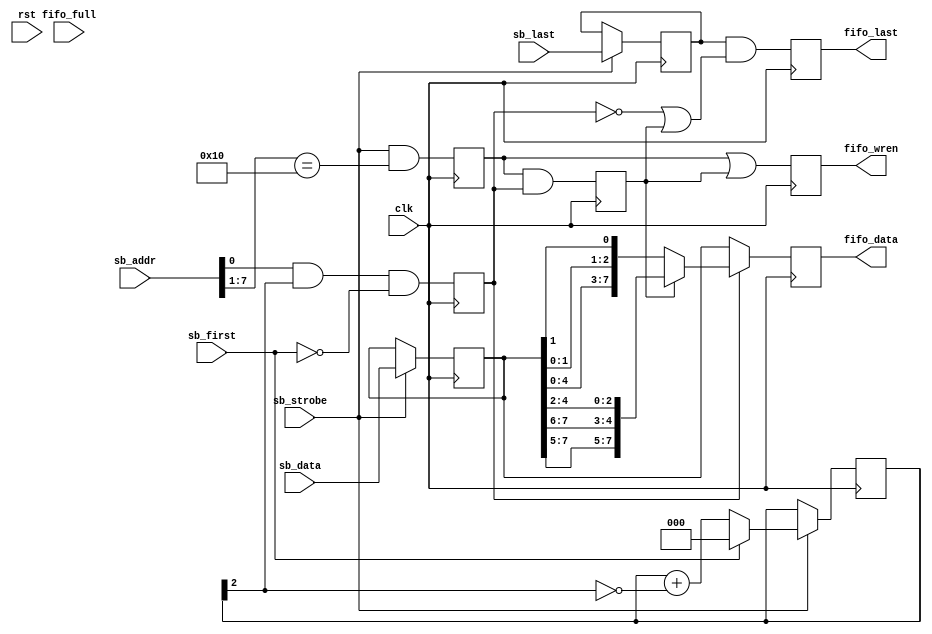
/*
 * pkt_spi_write.v
 *
 * CERN Open Hardware Licence v1.2 - See LICENSE
 *
 * Copyright (C) 2018  Sylvain Munaut
 *
 * vim: ts=4 sw=4
 */

`default_nettype none

module pkt_spi_write #(
	parameter BASE = 8'h20
)(
	// SPI 'simple bus'
	input  wire [7:0] sb_addr,
	input  wire [7:0] sb_data,
	input  wire sb_first,
	input  wire sb_last,
	input  wire sb_strobe,

	// Packet FIFO write
	output reg  [7:0] fifo_data,
	output reg  fifo_last,
	output reg  fifo_wren,
	input  wire fifo_full,

	// Clock / Reset
	input  wire clk,
	input  wire rst
);
	// Signals
	reg [7:0] data;
	reg first;
	reg last;

	reg [2:0] cnt;

	reg [7:0] data_mux;

	reg hit_ena;
	reg hit_type;
	reg hit_ext;

	// Decode 'hits'
	always @(posedge clk)
	begin
		hit_ena  <= sb_strobe & (sb_addr[7:1] == (BASE >> 1));
		hit_type <= sb_addr[0] & cnt[2] & ~sb_first;
		hit_ext  <= hit_ena & hit_type;
	end

	// Register data
	always @(posedge clk)
		if (sb_strobe) begin
			data  <= sb_data;
			first <= sb_first;
			last  <= sb_last;
		end

	// Position counter
	always @(posedge clk)
		if (sb_strobe) begin
			if (sb_first)
				cnt <= 0;
			else
				cnt <= cnt + { 3'b000, ~cnt[2] };
		end

	// Data Mux
	always @(*)
		if (~hit_type)
			// RAW
			data_mux = data;
		else if (~hit_ext)
			// Ext First byte
			data_mux = { data[4:2], data[1:0], data[1:0], data[1] };
		else
			// Ext Second byte
			data_mux = { data[7:5], data[7:6], data[4:2] };

	// FIFO interface
	always @(posedge clk)
	begin
		fifo_data <= data_mux;
		fifo_last <= last & (~hit_type | hit_ext);
		fifo_wren <= hit_ena | hit_ext;
	end

endmodule // pkt_spi_write